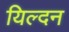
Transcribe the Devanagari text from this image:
यिल्दन